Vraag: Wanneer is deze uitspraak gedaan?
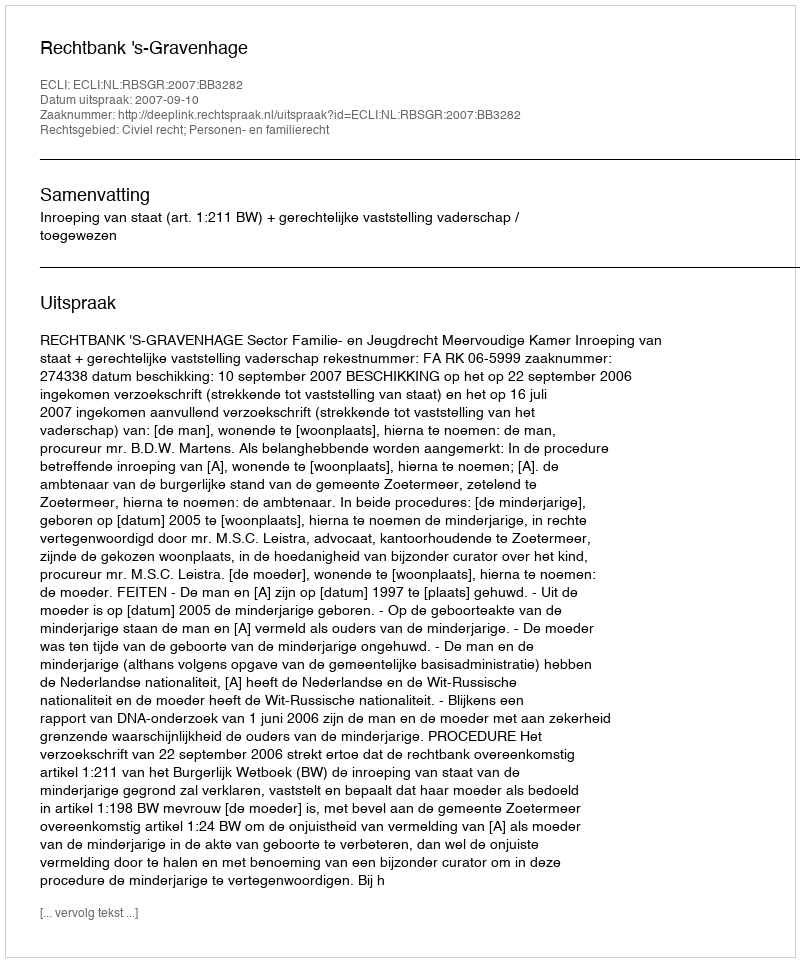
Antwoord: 2007-09-10